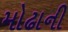
મોઢાની